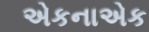
એકનાએક